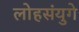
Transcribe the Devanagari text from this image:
लोहसंयुगे